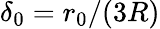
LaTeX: {\delta_{\mathrm{0}}=r_{\mathrm{0}}/(3R)}